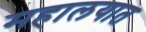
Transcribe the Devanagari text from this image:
महालयात